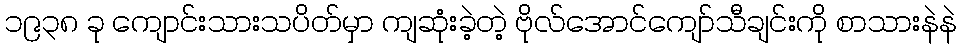
၁၉၃၈ ခု ကျောင်းသားသပိတ်မှာ ကျဆုံးခဲ့တဲ့ ဗိုလ်အောင်ကျော်သီချင်းကို စာသားနဲနဲ